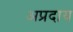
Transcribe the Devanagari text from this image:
अप्रदाय